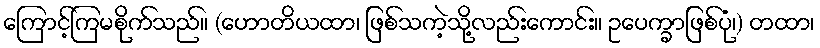
ကြောင့်ကြမစိုက်သည်။ (ဟောတိယထာ၊ ဖြစ်သကဲ့သို့လည်းကောင်း။ ဥပေက္ခာဖြစ်ပုံ၊) တထာ၊